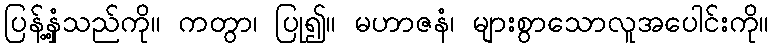
ပြန့်နှံ့သည်ကို။ ကတွာ၊ ပြု၍။ မဟာဇနံ၊ များစွာသောလူအပေါင်းကို။